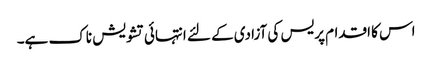
اس کا اقدام پریس کی آزادی کے لئے انتہائی تشویش ناک ہے۔